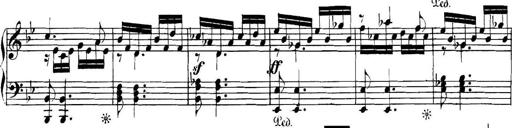
Title: Collected Piano Sonatas
Composer: Muzio Clementi